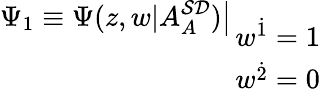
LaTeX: \Psi_{1}\equiv\Psi(z,w|A_{A}^{{\cal SD}})\big|_{\displaystyle{w^{{\dot{1}}}=1\atop w^{{\dot{2}}}=0}}